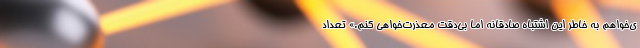
ی‌خواهم به خاطر این اشتباه صادقانه اما بی‌دقت معذرت‌خواهی کنم.» تعداد